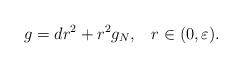
LaTeX: \begin{align*}g_{}=dr^2+r^2g_{N}, \;\;\; r\in(0,\varepsilon).\end{align*}